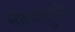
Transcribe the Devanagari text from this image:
सप्तधातुओं